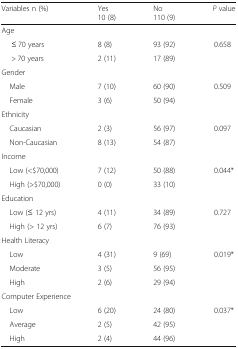
| Variables n (%) | Yes 10 (8) | No 110 (9) | P value |
 | --- | --- | --- | --- |
 | <COLSPAN=4> Age |
 | ≤ 70 years | 8 (8) | 93 (92) | <ROWSPAN=2> 0.658 |
 | > 70 years | 2 (11) | 17 (89) |
 | <COLSPAN=4> Gender |
 | Male | 7 (10) | 60 (90) | <ROWSPAN=2> 0.509 |
 | Female | 3 (6) | 50 (94) |
 | <COLSPAN=4> Ethnicity |
 | Caucasian | 2 (3) | 56 (97) | <ROWSPAN=2> 0.097 |
 | Non-Caucasian | 8 (13) | 54 (87) |
 | <COLSPAN=4> Income |
 | Low (<$70,000) | 7 (12) | 50 (88) | <ROWSPAN=2> 0.044* |
 | High (>$70,000) | 0 (0) | 33 (10) |
 | <COLSPAN=4> Education |
 | Low (≤ 12 yrs) | 4 (11) | 34 (89) | 0.727 |
 | High (> 12 yrs) | 6 (7) | 76 (93) |  |
 | <COLSPAN=4> Health Literacy |
 | Low | 4 (31) | 9 (69) | <ROWSPAN=3> 0.019* |
 | Moderate | 3 (5) | 56 (95) |
 | High | 2 (6) | 29 (94) |
 | <COLSPAN=4> Computer Experience |
 | Low | 6 (20) | 24 (80) | <ROWSPAN=3> 0.037* |
 | Average | 2 (5) | 42 (95) |
 | High | 2 (4) | 44 (96) |